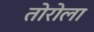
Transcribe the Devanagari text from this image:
तोरोला